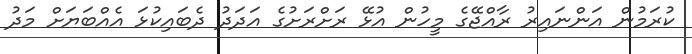
ކުރަމުން އަންނައިރު ރާއްޖޭގެ މީހުން އުޅޭ ރަށްރަށުގެ އަދަދު ދެބައިކުޅަ އެއްބަޔަށް މަދު